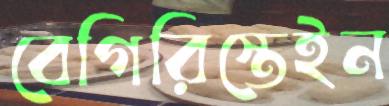
বেগিরিস্তেইন